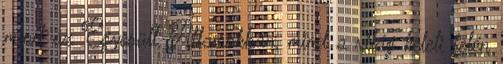
mind az Egyesült Államokban, mind a világ keleti felén